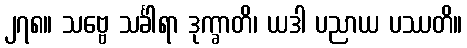
၂၇၈။ သဗ္ဗေ သင်္ခါရာ ဒုက္ခာတိ၊ ယဒါ ပညာယ ပဿတိ။